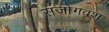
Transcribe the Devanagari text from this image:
संजोगवश